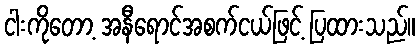
ငါးကိုတော့ အနီရောင်အစက်ငယ်ဖြင့် ပြထားသည်။